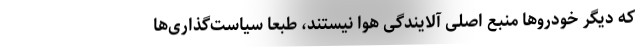
که دیگر خودروها منبع اصلی آلایندگی هوا نیستند، طبعا سیاست‌گذاری‌ها